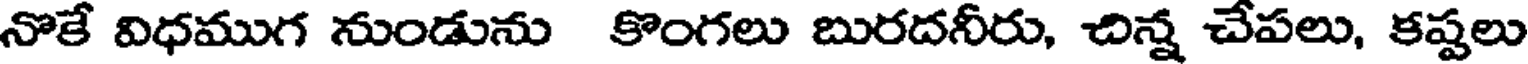
నొకే విధముగ నుండును కొంగలు బురదనీరు, చిన్న చేపలు, కష్టలు